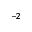
^ { - 2 }